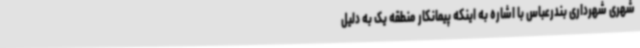
شهری شهرداری بندرعباس با اشاره به اینکه پیمانکار منطقه یک به دلیل